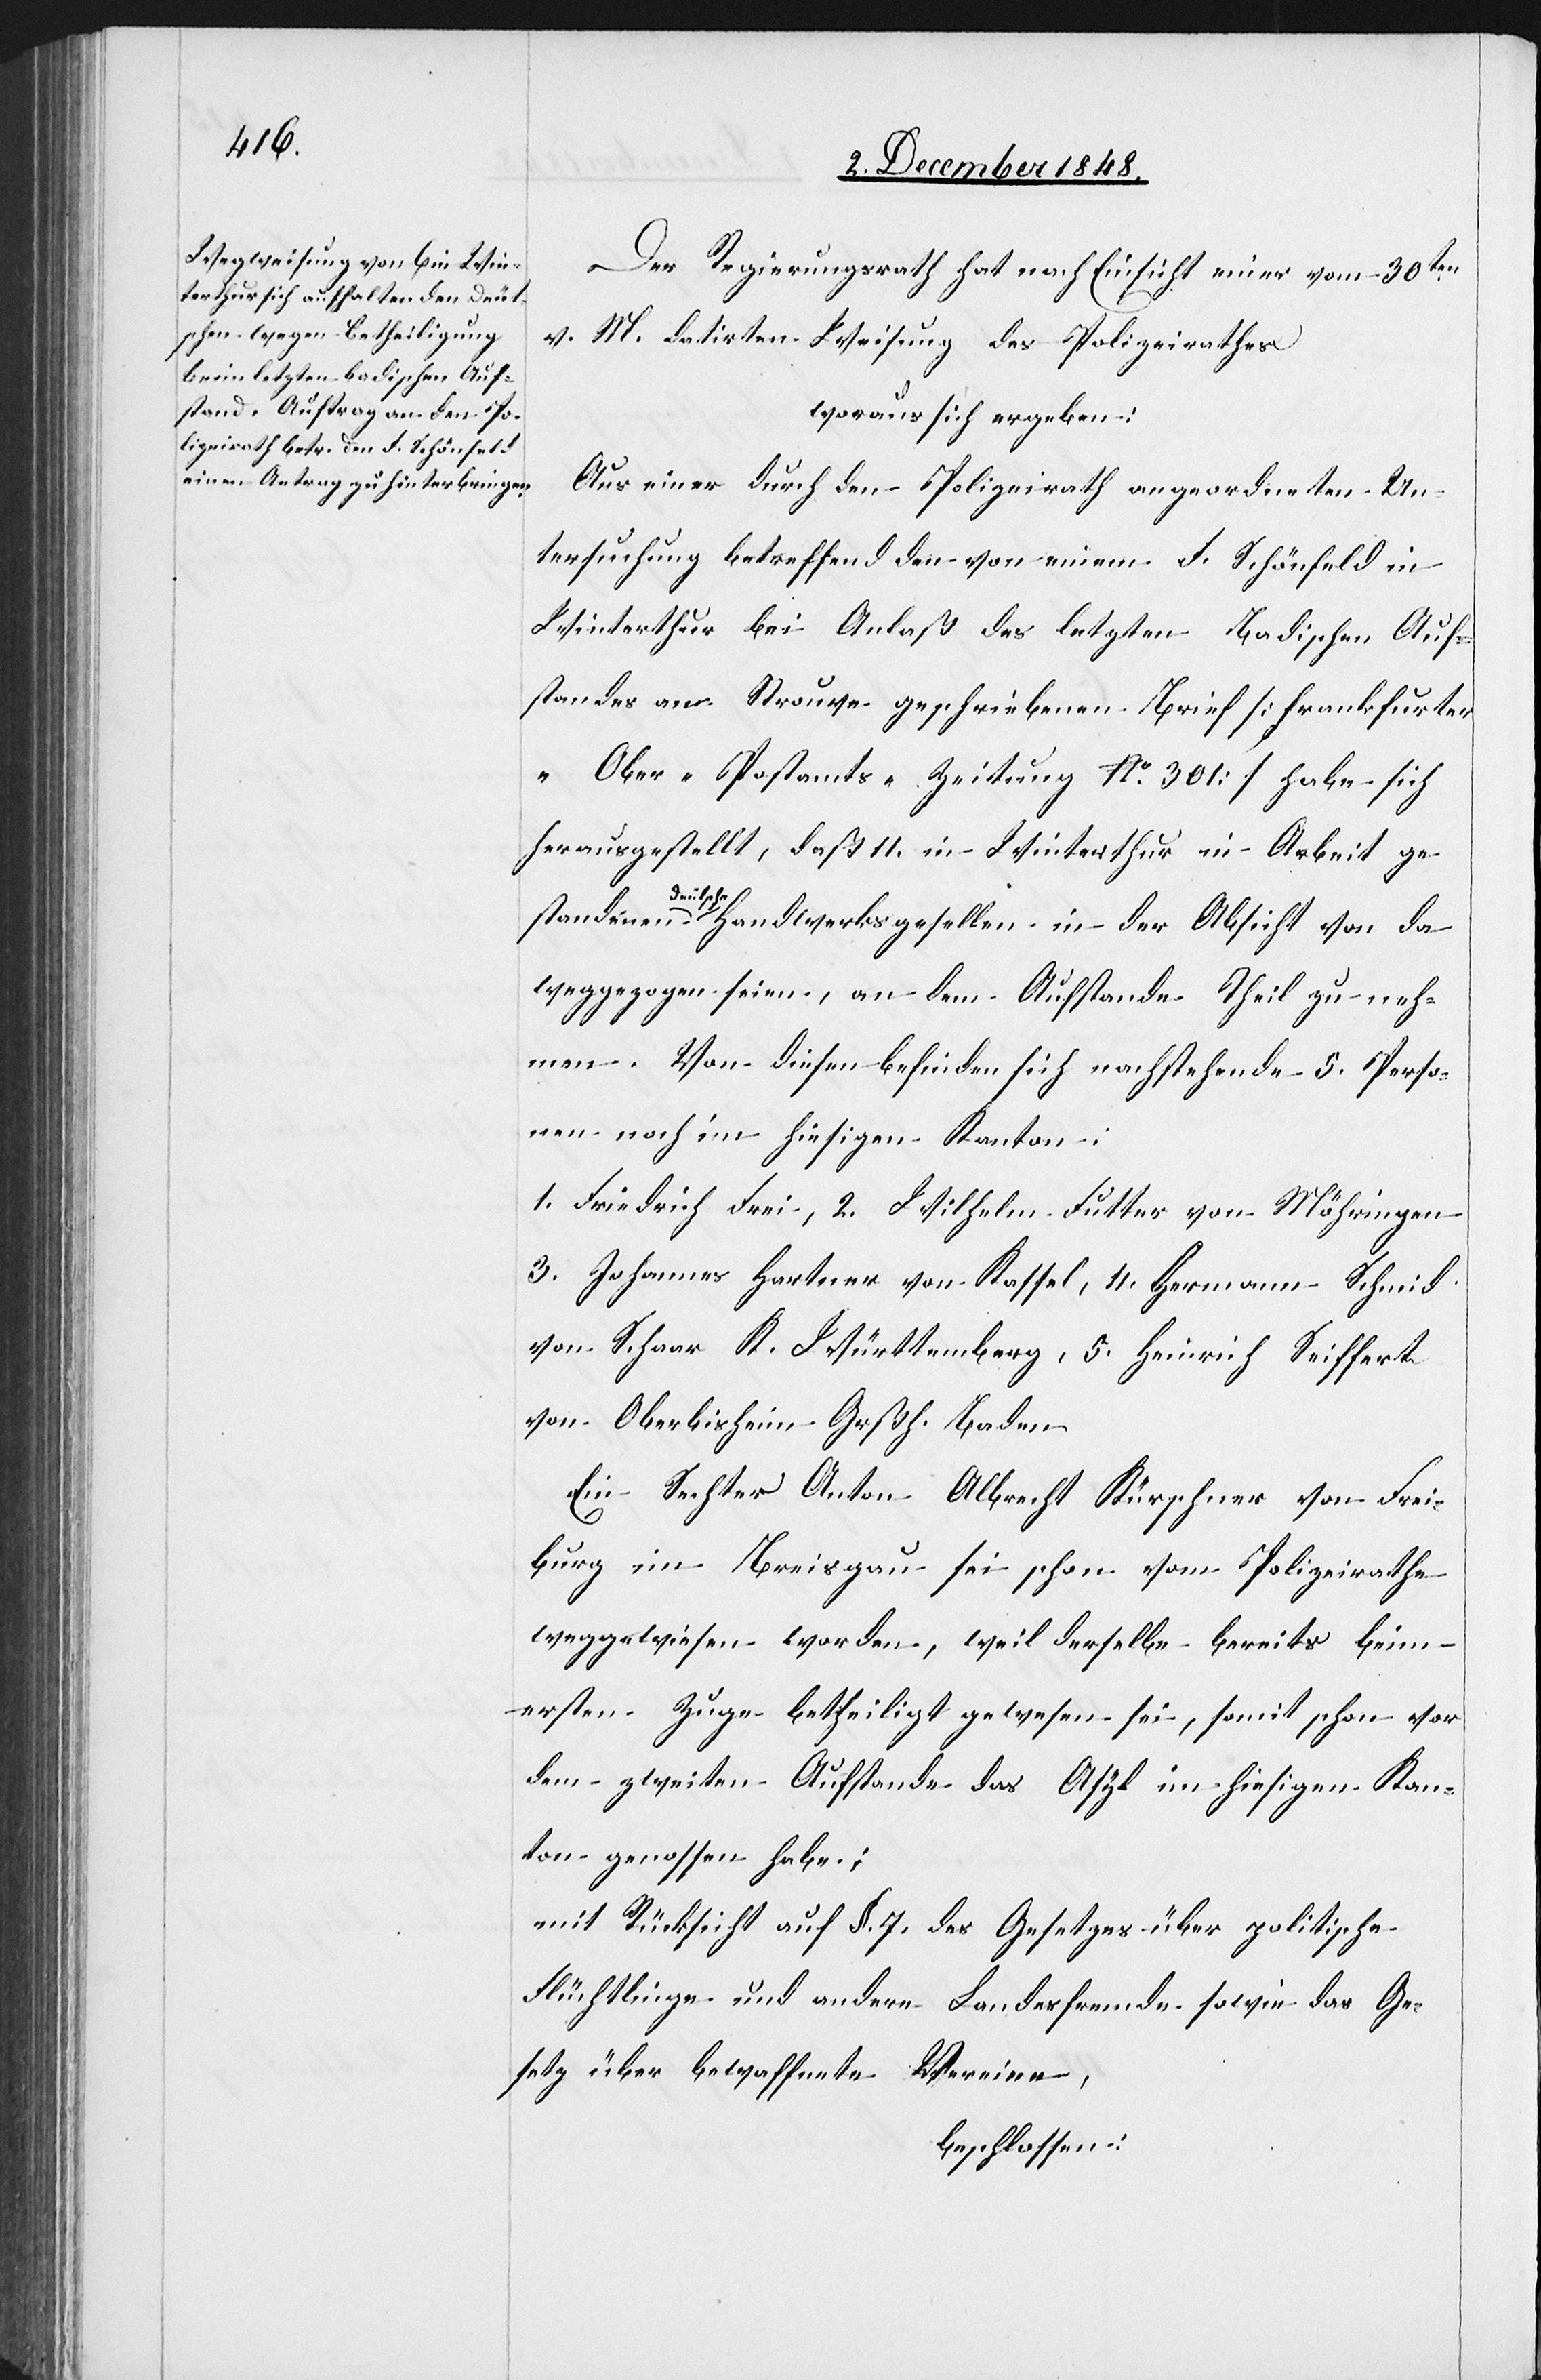
Der Regierungsrath hat nach Einsicht einer vom 30ten
v. M. datirten Weisung des Polizeirathes
woraus sich ergeben:
Aus einer durch den Polizeirath angeordneten Un¬
tersuchung betreffend den von einem F. Schönfeld in
Winterthur bei Anlaß des letzten Badischen Auf¬
standes an Strouve geschriebenen Brief [frankfurte¬
r-Ober-Postamts-Zeitung No 301] habe sich
herausgestellt, daß 11. in Winterthur in Arbeit ge¬
standenen deutsche Handwerksgesellen in der Absicht von da
weggezogen seien, an dem Aufstande Theil zu neh¬
men. Von diesen befinden sich nachstehende 5. Perso¬
nen noch im hiesigen Kanton:
1. Friedrich Frei, 2. Wilhelm Futter von Möhringen,
3. Johannes Hartner von Kasse, 4. Hermann Schmid
von Schaar K. Württemberg, 5. Heinrich Seiffert
von Oberbisheim Grßh. Baden.
Ein Sechster Anton Albrecht Kürschner von Frei¬
burg im Breisgau sei schon vom Polizeirathe
weggewiesen worden, weil derselbe bereits beim
ersten Zuge betheiligt gewesen sei, somit schon vor
dem zweiten Aufstande das Asyl im hiesigen Kan¬
ton genossen habe.;
mit Rücksicht auf §. 7. des Gesetzes über politische
Flüchtlinge und andern Landesfremden sowie das Ge¬
setz über bewaffnete Vereine,
beschlossen: